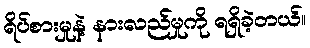
ရိပ်စားမှုနဲ့ နားလည်မှုကို ရရှိခဲ့တယ်။